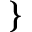
\}